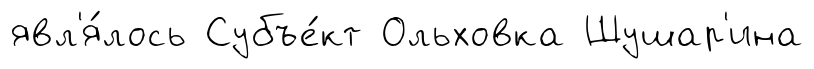
явл'я́лось Субъе́кт Ольховка Шушар'ина